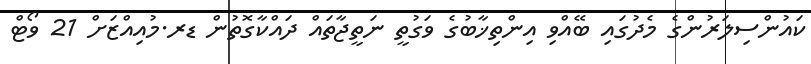
ކައުންސިލަރުންގެ މެދުގައި ބޭއްވި އިންތިޚާބުގެ ވަގުތީ ނަތީޖާތައް ދައްކާގޮތުން ޑރ.މުއިއްޒަށް 21 ވޯޓް